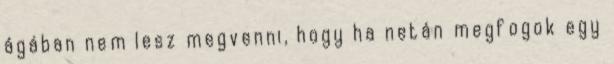
ágában nem lesz megvenni, hogy ha netán megfogok egy